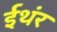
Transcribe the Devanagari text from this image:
ईथंर